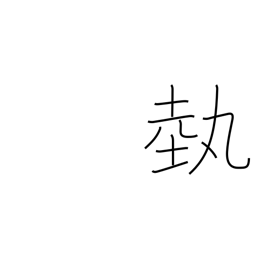
Meaning: art